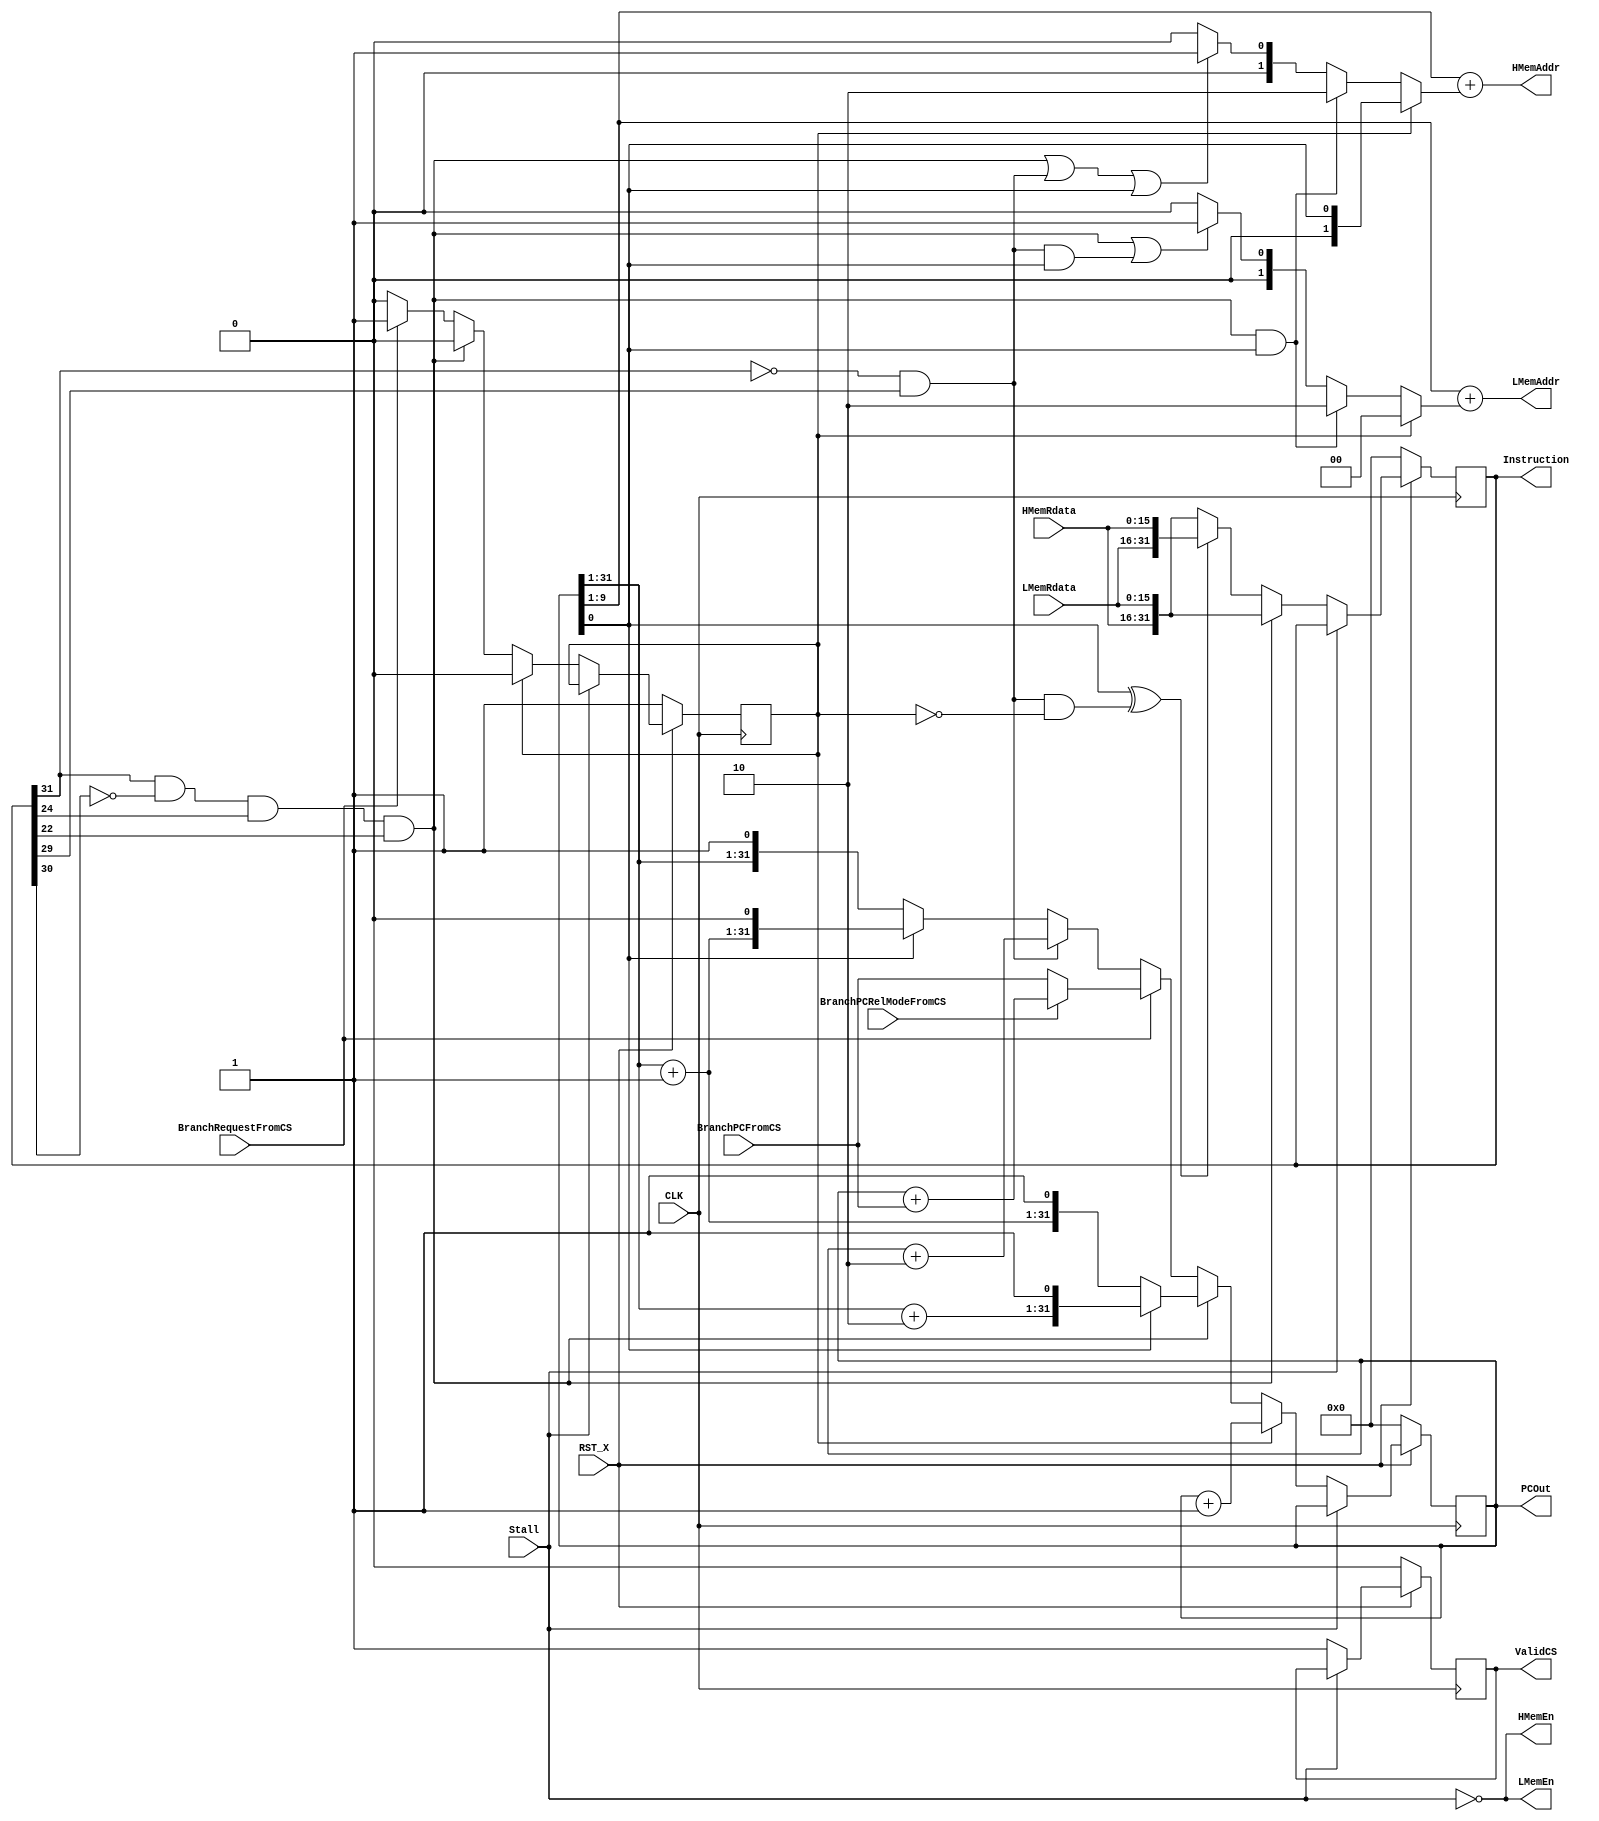
module FetchStage
#(
   parameter MEMORY_HALFADDRESS_BITS = 10,
   parameter INSTRUCTION_HALFADDRESS_BITS = 32
)
(
	input wire CLK,
	input wire RST_X,
	input wire Stall,
	output wire[INSTRUCTION_HALFADDRESS_BITS-1:0] PCOut,

	//Memory interface
	output wire LMemEn,
	output wire[MEMORY_HALFADDRESS_BITS-2:0] LMemAddr,
	input wire[15:0] LMemRdata,
	output wire HMemEn,
	output wire[MEMORY_HALFADDRESS_BITS-2:0] HMemAddr,
	input wire[15:0] HMemRdata,

	//Transferation to Compute Stage
	output reg[31:0] Instruction, //If we can assume sync ram, we can replace reg to wire
	output reg ValidCS,

	//Branch signal from Compute Stage
	input wire BranchRequestFromCS,
	input wire BranchPCRelModeFromCS,
	input wire[INSTRUCTION_HALFADDRESS_BITS-1:0] BranchPCFromCS
);

reg branched;
reg[INSTRUCTION_HALFADDRESS_BITS-1:0] PC; //By half-word address
wire isMemInstruction = Instruction[31] & !Instruction[30];
wire isPCRelMemInstruction = isMemInstruction & Instruction[24] & Instruction[22]; //!(sng || xan) && opb=='PC'
wire isJumpableInstruction = !Instruction[31] & Instruction[29]; //(sng || xan) && jflag
assign PCOut = PC;

//wire[31:0] PCFetching = isJumpableInstruction ? (PC[INSTRUCTION_HALFADDRESS_BITS-1:0] + 32'd1) :
//                        isPCRelMemInstruction ? (PC[0] ? {PC[INSTRUCTION_HALFADDRESS_BITS-1:1] + 31'd2, 1'b0} 
//                                                       : {PC[INSTRUCTION_HALFADDRESS_BITS-1:1] + 31'd1, 1'b0})
//                                               : PC[INSTRUCTION_HALFADDRESS_BITS-1:0];

//Instruction fetch logic
assign LMemEn = !Stall; //Don't touch Memory while pipeline is stalling
assign HMemEn = !Stall;
assign LMemAddr = { 1'b0, PC[INSTRUCTION_HALFADDRESS_BITS-1:1] + (branched ? 'd0 :
                                                                 (isPCRelMemInstruction && PC[0]) ? 'd2 :
                                      (isPCRelMemInstruction || (isJumpableInstruction && PC[0])) ? 'b1 :
                                                                                                    'b0) };
assign HMemAddr = { 1'b0, PC[INSTRUCTION_HALFADDRESS_BITS-1:1] + (branched ? {1'b0, PC[0]} :
                                                             (isPCRelMemInstruction && PC[0]) ? 'd2 :
                                    (isPCRelMemInstruction || isJumpableInstruction || PC[0]) ? 'b1 :
                                                                                                'b0) };
/*
assign LMemAddr = isPCRelMemInstruction            ? (PC[0] ? { 1'b0, PC[31:1] + 31'd2 } 
                                                            : { 1'b0, PC[31:1] + 31'd1 }) :
                  (isJumpableInstruction && PC[0]) ? { 1'b0, PC[31:1] + 31'b1 }
                                                   : { 1'b0, PC[31:1] };
assign HMemAddr = isPCRelMemInstruction           ? (PC[0] ? { 1'b0, PC[31:1] + 31'd2 } 
                                                           : { 1'b0, PC[31:1] + 31'd1 }) :
                  (isJumpableInstruction || PC[0]) ? { 1'b0, PC[31:1] + 31'b1 }
                                                   : { 1'b0, PC[31:1] };
*/
always @(posedge CLK) begin
    if (!RST_X) begin
        Instruction <= 32'b0;
    end else
                                            
	if (!Stall)	begin
		//Normal behaviour
		if (isPCRelMemInstruction) begin
			Instruction <= { HMemRdata, LMemRdata };
		end
		else begin
			Instruction <= PC[0] ^ (isJumpableInstruction & !branched) ? { LMemRdata, HMemRdata }
			                                                           : { HMemRdata, LMemRdata };
		end
	end
	else begin
		//Stall behaviour
		//Do nothing (Maybe ok)
	end
end

//Branch logic
//Branch by two ways: PCRelativeMemInstruction or BranchRequestFromCS
always @(posedge CLK) begin
    if (!RST_X) begin
        PC <= {(INSTRUCTION_HALFADDRESS_BITS-1){1'b0}};
        ValidCS <= 1'b0;
        branched <= 1'b1;
    end else
    
    if (!Stall) begin
	//Normal behaviour
	if (branched) begin
	    PC <= PC + 'd1;
	    ValidCS <= 1'b1;
	    branched <= 1'b0;
	end
	else if (isPCRelMemInstruction) begin
		PC <= PC[0] ? { PC[INSTRUCTION_HALFADDRESS_BITS-1:1] + 'd2, 1'b1 }  //Same as L/HMemAddr
		            : { PC[INSTRUCTION_HALFADDRESS_BITS-1:1] + 'd1, 1'b1 }; //Same as L/HMemAddr
		ValidCS <= 1'b1;
		branched <= 1'b0;
	end
	else if (BranchRequestFromCS) begin
		PC <= BranchPCRelModeFromCS ? { PC + BranchPCFromCS }
		                            : BranchPCFromCS;
		ValidCS <= 1'b1; //Enable delayed branch slot
		branched <= 1'b1;
	end
        else if (isJumpableInstruction) begin
            PC <= PC + 'd2;
            ValidCS <= 1'b1;
	     branched <= 1'b0;
        end
	 else begin
	     PC <= PC[0] ? { PC[INSTRUCTION_HALFADDRESS_BITS-1:1] + 'b1, 1'b0 } 
		          : { PC[INSTRUCTION_HALFADDRESS_BITS-1:1]      , 1'b1 };
	     ValidCS <= 1'b1;
	     branched <= 1'b0;
	 end
    end
end


endmodule